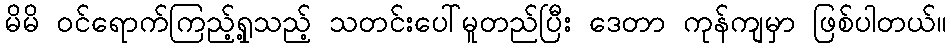
မိမိ ဝင်ရောက်ကြည့်ရှု့သည့် သတင်းပေါ်မူတည်ပြီး ဒေတာ ကုန်ကျမှာ ဖြစ်ပါတယ်။